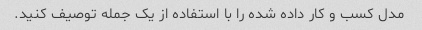
مدل کسب و کار داده شده را با استفاده از یک جمله توصیف کنید.